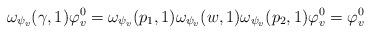
LaTeX: \begin{align*} \omega_{\psi_v}(\gamma, 1) \varphi^0_v = \omega_{\psi_v}(p_1, 1) \omega_{\psi_v}(w, 1) \omega_{\psi_v}(p_2, 1) \varphi^0_v = \varphi^0_v\end{align*}